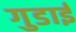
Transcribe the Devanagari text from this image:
गुडाई